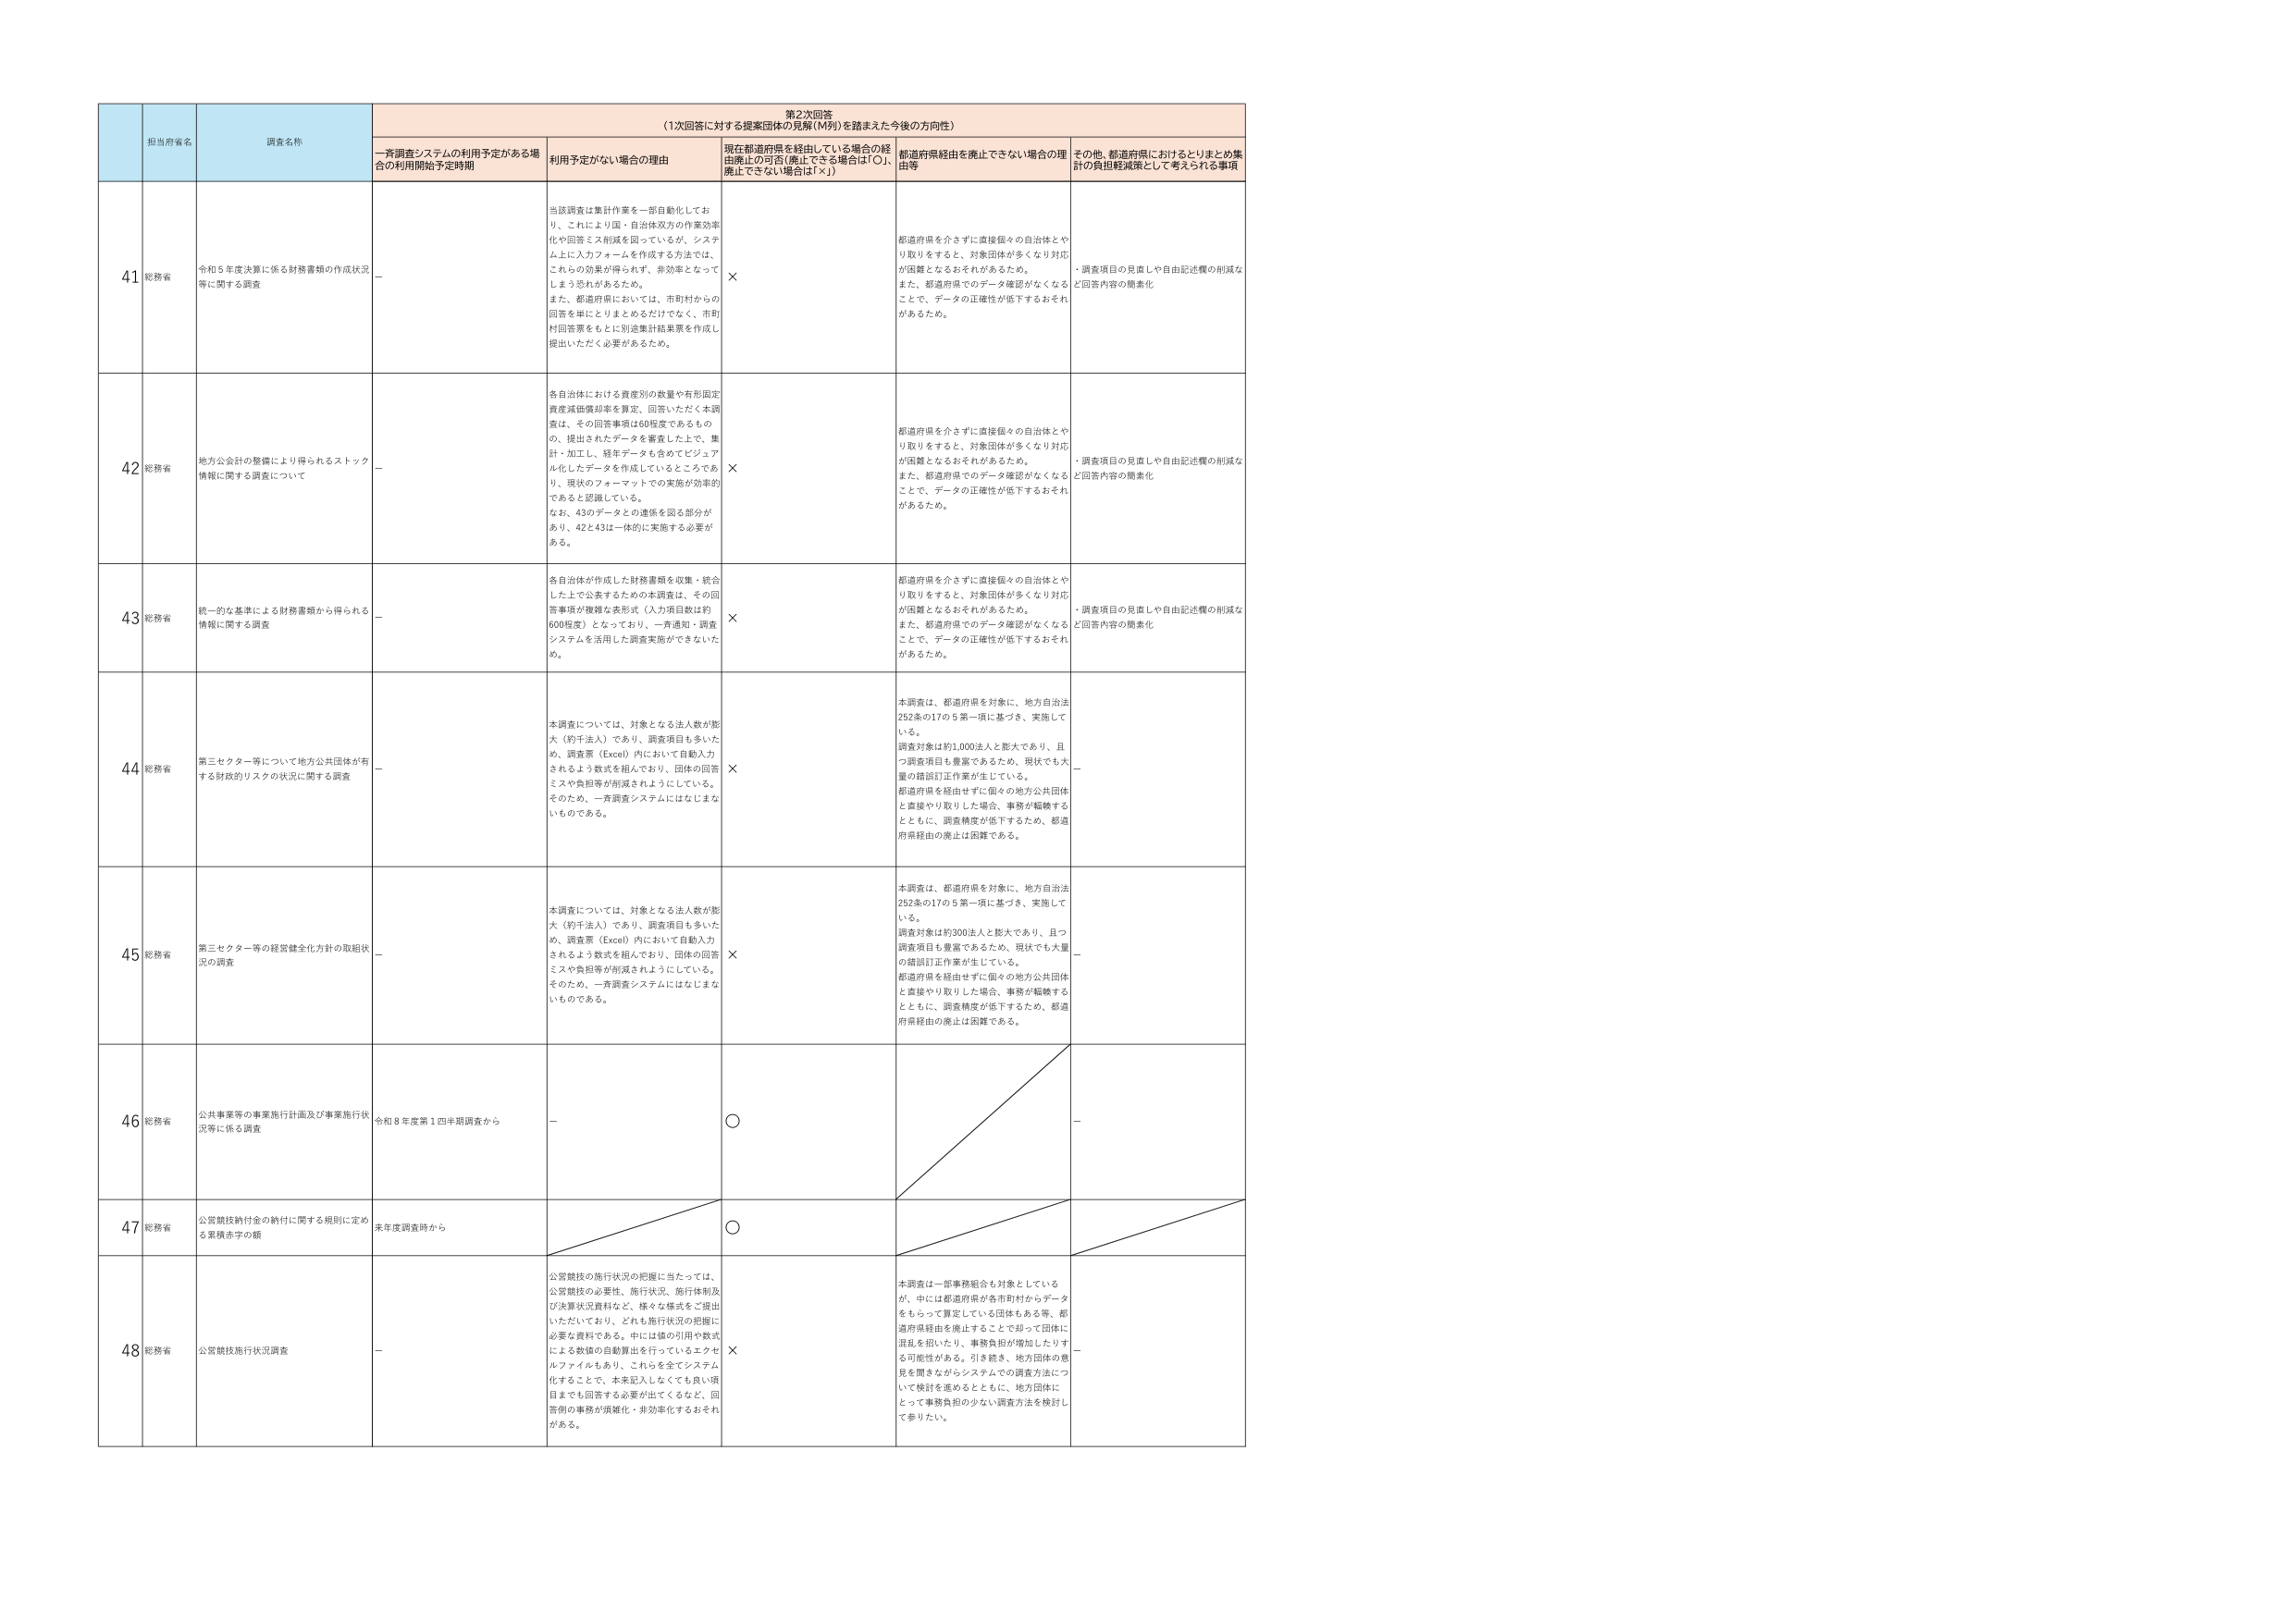
第2次回答
（1次回答に対する提案団体の見解（MJI）を踏まえた今後の方向性）

担当府省名
調査名称
一斉調査システムの利用予定がある場合の利用開始予定時期
利用予定がない場合の理由
現在都道府県を経由している場合の経由廃止の可否（廃止できる場合は「○」、廃止できない場合は「×」）
都道府県経由を廃止できない場合の理由等
その他、都道府県におけるとりまとめ集計の負担軽減策として考えられる事項

41 総務省
令和5年度決算に係る財務書類の作成状況等に関する調査
－
当該調査は集計作業を一部自動化しており、これにより国・自治体双方の作業効率化や回答ミス削減を図っているが、システム上に入力フォームを作成する方法では、これらの効果が得られず、非効率となってしまう恐れがあるため。
また、都道府県においては、市町村からの回答を単にとりまとめるだけでなく、市町村回答票をもとに別途集計結果票を作成し提出いただく必要があるため。
×
都道府県を介さずに直接個々の自治体とやり取りをすると、対象団体が多くなり対応が困難となるおそれがあるため。
また、都道府県でのデータ確認がなくなることで、データの正確性が低下するおそれがあるため。
・調査項目の見直しや自由記述欄の削減など回答内容の簡素化

42 総務省
地方公会計の整備により得られるストック情報に関する調査について
－
各自治体における資産別の数量や有形固定資産減価償却率を算定、回答いただく本調査は、その回答事項は60程度であるものの、提出されたデータを審査した上で、集計・加工し、経年データも含めてビジュアル化したデータを作成しているところであり、現状のフォーマットでの実施が効率的であると認識している。
なお、43のデータとの連係を図る部分があり、42と43は一体的に実施する必要がある。
×
都道府県を介さずに直接個々の自治体とやり取りをすると、対象団体が多くなり対応が困難となるおそれがあるため。
また、都道府県でのデータ確認がなくなることで、データの正確性が低下するおそれがあるため。
・調査項目の見直しや自由記述欄の削減など回答内容の簡素化

43 総務省
統一的な基準による財務書類から得られる情報に関する調査
－
各自治体が作成した財務書類を収集・統合した上で公表するための本調査は、その回答事項が複雑な表形式（入力項目数は約600程度）となっており、一斉通知・調査システムを活用した調査実施ができないため。
×
都道府県を介さずに直接個々の自治体とやり取りをすると、対象団体が多くなり対応が困難となるおそれがあるため。
また、都道府県でのデータ確認がなくなることで、データの正確性が低下するおそれがあるため。
・調査項目の見直しや自由記述欄の削減など回答内容の簡素化

44 総務省
第三セクター等について地方公共団体が有する財政的リスクの状況に関する調査
－
本調査については、対象となる法人数が膨大（約千法人）であり、調査項目も多いため、調査票（Excel）内において自動入力されるよう数式を組んでおり、団体の回答ミスや負担等が削減されようとしている。そのため、一斉調査システムにはなじまないものである。
×
本調査は、都道府県を対象に、地方自治法252条の17の5第一項に基づき、実施している。
調査対象は約1,000法人と膨大であり、且つ調査項目も豊富であるため、現状でも大量の確認訂正作業が生じている。
都道府県を経由せずに個々の地方公共団体と直接やり取りした場合、事務が転換するとともに、調査精度が低下するため、都道府県経由の廃止は困難である。
－

45 総務省
第三セクター等の経営健全化方針の取組状況の調査
－
本調査については、対象となる法人数が膨大（約千法人）であり、調査項目も多いため、調査票（Excel）内において自動入力されるよう数式を組んでおり、団体の回答ミスや負担等が削減されようとしている。そのため、一斉調査システムにはなじまないものである。
×
本調査は、都道府県を対象に、地方自治法252条の17の5第一項に基づき、実施している。
調査対象は約300法人と膨大であり、且つ調査項目も豊富であるため、現状でも大量の確認訂正作業が生じている。
都道府県を経由せずに個々の地方公共団体と直接やり取りした場合、事務が転換するとともに、調査精度が低下するため、都道府県経由の廃止は困難である。
－

46 総務省
公共事業等の事業施行計画及び事業施行状況等に係る調査
令和8年度第1四半期調査から
－
○
－

47 総務省
公営競技納付金の納付に関する規則に定める累積赤字の額
来年度調査時から
○
－

48 総務省
公営競技施行状況調査
－
公営競技の施行状況の把握に当たっては、公営競技の必要性、施行状況、施行体制及び決算状況資料など、様々な様式をご提出いただいており、どれも施行状況の把握に必要な資料である。中には錦の引用や数式による数値の自動算出を行っているエクセルファイルもあり、これらを全てシステム化することで、本来記入しなくても良い項目までも回答する必要が出てくるなど、回答側の事務が煩雑化・非効率化するおそれがある。
×
本調査は一部事務組合も対象としているが、中には都道府県が各市町村からデータをもらって算定している団体もある等、都道府県経由を廃止することで却って団体に混乱を招いたり、事務負担が増加したりする可能性がある。引き続き、地方団体の意見を聞きながらシステムでの調査方法について検討を進めるとともに、地方団体にとって事務負担の少ない調査方法を検討して参りたい。
－